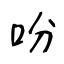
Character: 吩